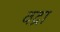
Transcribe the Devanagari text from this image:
वद्रा